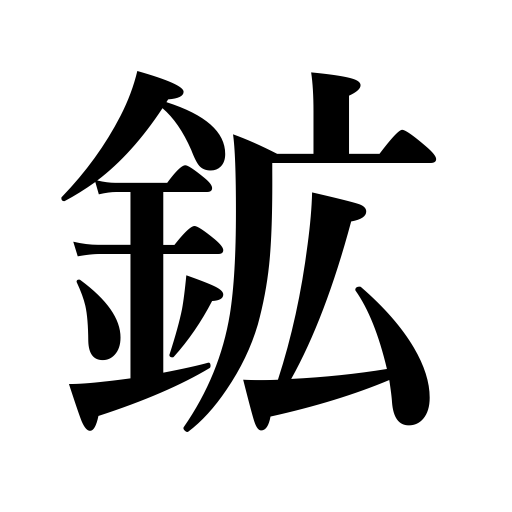
Meanings: ore